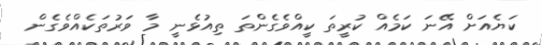
ކަޔެއަށް އޭނަ ކަމެއް ކުރީތަ ކީއްވެގެންތަ ތިއުޅެނީ މާ ވަރުތަކެއްވެގެން